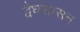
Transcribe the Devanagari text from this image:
द्वैधशासन